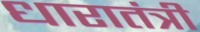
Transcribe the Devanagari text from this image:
धारातंत्री